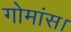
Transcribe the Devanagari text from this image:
गोमांस।